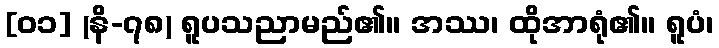
[၀၁] (နိ-၇၈) ရူပသညာမည်၏။ အဿ၊ ထိုအာရုံ၏။ ရူပံ၊